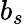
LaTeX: b_{s}